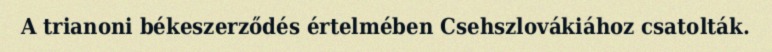
A trianoni békeszerződés értelmében Csehszlovákiához csatolták.